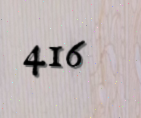
416